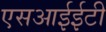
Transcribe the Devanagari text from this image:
एसआईईटी